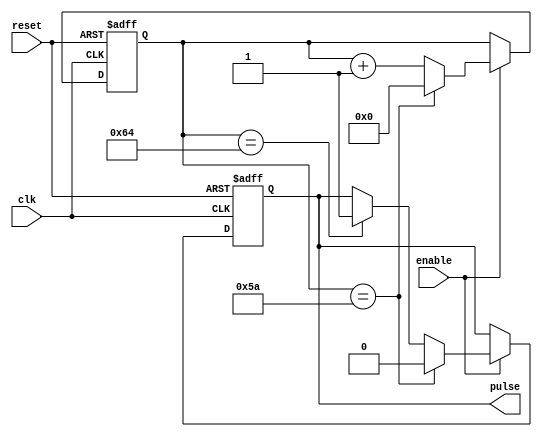
module SyncPulseGenerator (
    input wire clk,
    input wire reset,
    input wire enable,
    output reg pulse
);

parameter CYCLE_FREQ = 100; //Frequency of pulse generation
parameter DUTY_CYCLE = 50; //Duty cycle of pulses
parameter PULSE_WIDTH = 10; //Pulse width

reg [23:0] counter;

always @(posedge clk or posedge reset) begin
    if (reset) begin
        counter <= 0;
        pulse <= 0;
    end else if (enable) begin
        if (counter == CYCLE_FREQ) begin
            pulse <= 1;
        end 
        if (counter == CYCLE_FREQ - PULSE_WIDTH) begin
            pulse <= 0;
            counter <= 0;
        end else begin
            counter <= counter + 1;
        end
    end
end

endmodule